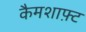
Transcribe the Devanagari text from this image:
कैमशाफ़्ट